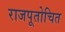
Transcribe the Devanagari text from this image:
राजपूतोचित